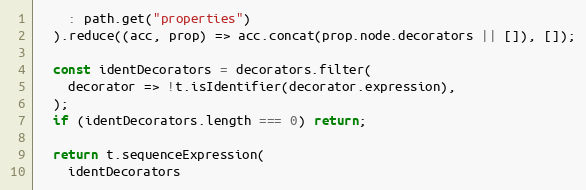
Language: JavaScript
    : path.get("properties")
  ).reduce((acc, prop) => acc.concat(prop.node.decorators || []), []);

  const identDecorators = decorators.filter(
    decorator => !t.isIdentifier(decorator.expression),
  );
  if (identDecorators.length === 0) return;

  return t.sequenceExpression(
    identDecorators